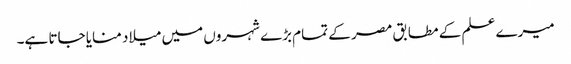
میرے علم کے مطابق مصر کے تمام بڑے شہروں میں میلاد منایا جاتا ہے۔